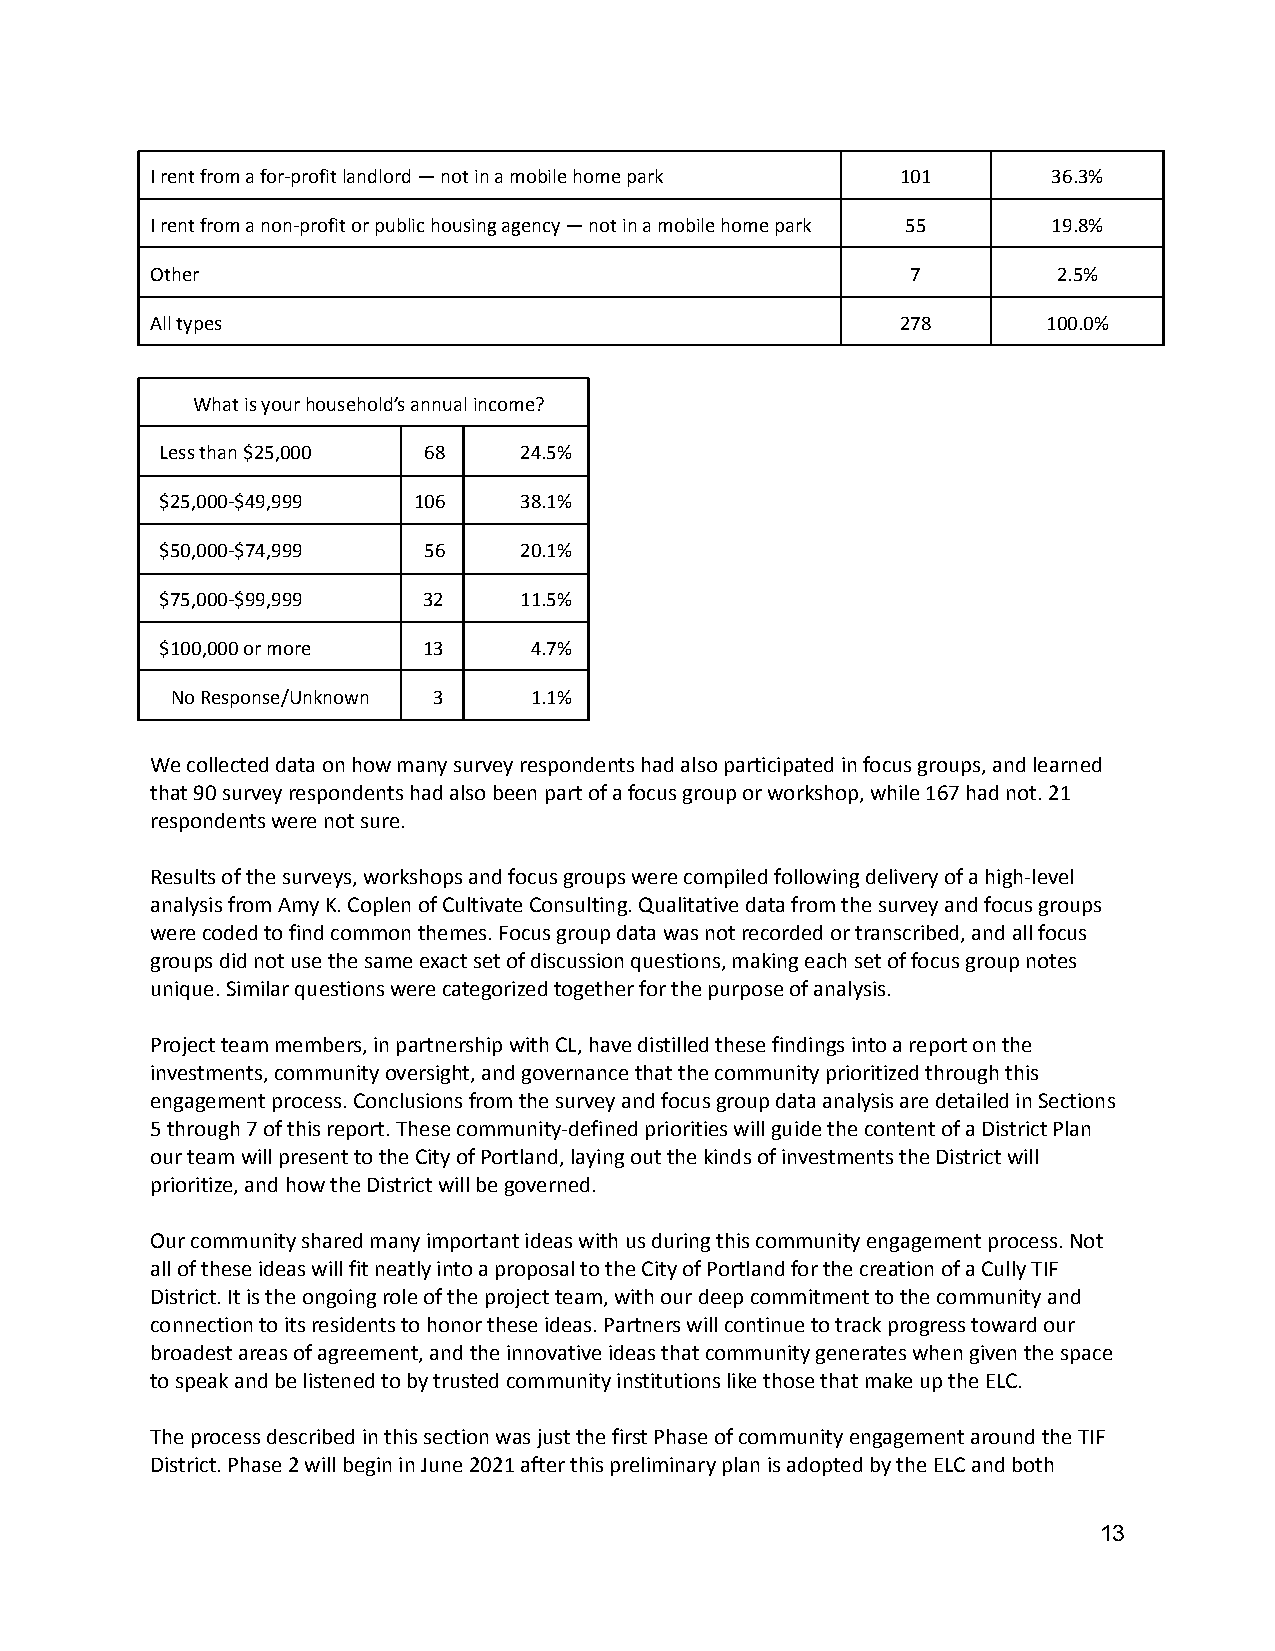
I rent from a for-profit landlord — not in a mobilehome park 101 36.3%
 I rent from a non-profit or public housing agency— not in a mobile home park 55 19.8%
 Other                                             7         2.5%
 All types                                         278      100.0%
 What is your household’s annual income?
 Less than $25,000 68   24.5%
 $25,000-$49,999 106    38.1%
 $50,000-$74,999  56    20.1%
 $75,000-$99,999  32    11.5%
 $100,000 or more 13     4.7%
 No Response/Unknown 3   1.1%
 We collected data on how many survey respondents hadalso participated in focus groups, and learned
 that 90 survey respondents had also been part of afocus group or workshop, while 167 had not. 21
 respondents were not sure.
 Results of the surveys, workshops and focus groupswere compiled following delivery of a high-level
 analysis from Amy K. Coplen of Cultivate Consulting.Qualitative data from the survey and focus groups
 were coded to find common themes. Focus group datawas not recorded or transcribed, and all focus
 groups did not use the same exact set of discussionquestions, making each set of focus group notes
 unique. Similar questions were categorized togetherfor the purpose of analysis.
 Project team members, in partnership with CL, havedistilled these findings into a report on the
 investments, community oversight, and governance thatthe community prioritized through this
 engagement process. Conclusions from the survey andfocus group data analysis are detailed in Sections
 5 through 7 of this report. These community-definedpriorities will guide the content of a District Plan
 our team will present to the City of Portland, layingout the kinds of investments the District will
 prioritize, and how the District will be governed.
 Our community shared many important ideas with usduring this community engagement process. Not
 all of these ideas will fit neatly into a proposalto the City of Portland for the creation of a CullyTIF
 District. It is the ongoing role of the project team,with our deep commitment to the community and
 connection to its residents to honor these ideas.Partners will continue to track progress toward our
 broadest areas of agreement, and the innovative ideasthat community generates when given the space
 to speak and be listened to by trusted community institutionslike those that make up the ELC.
 The process described in this section was just thefirst Phase of community engagement around the TIF
 District. Phase 2 will begin in June 2021 after thispreliminary plan is adopted by the ELC and both
 13